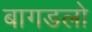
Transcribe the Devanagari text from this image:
बागडलो